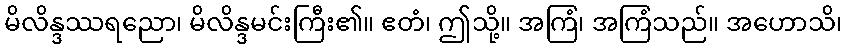
မိလိန္ဒဿရညော၊ မိလိန္ဒမင်းကြီး၏။ ဧတံ၊ ဤသို့။ အကြံ၊ အကြံသည်။ အဟောသိ၊